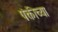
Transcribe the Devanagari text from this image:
पंक्तीच्या